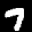
Label: 7